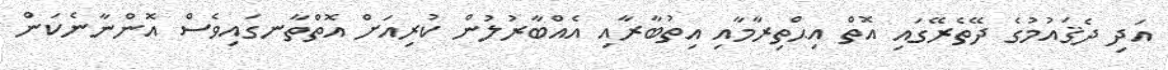
އަދި ދެޤައުމުގެ ދޭތެރޭގައި އޮތް އިޙްތިރާމާއި އިތުބާރާއި އެއްބާރުލުން ކުރިއަށް އޮތްތާނގައިވެސް އޮންނާނެކަން